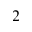
^ 2